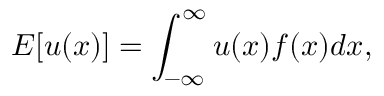
E [ u ( x ) ] = \int _ { - \infty } ^ { \infty } u ( x ) f ( x ) d x ,